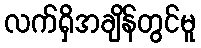
လက်ရှိအချိန်တွင်မူ